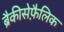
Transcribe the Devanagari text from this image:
ब्रैकीसेफ़ैलिक